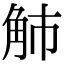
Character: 𧢿